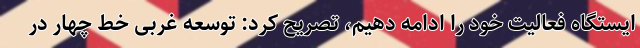
ایستگاه فعالیت خود را ادامه دهیم، تصریح کرد: توسعه غربی خط چهار در